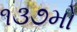
૧૩૭મો